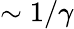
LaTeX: \sim 1/\gamma